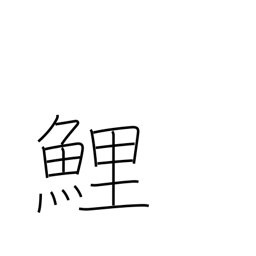
Meaning: carp